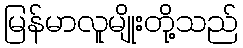
မြန်မာလူမျိုးတို့သည်